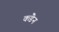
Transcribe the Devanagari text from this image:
कंडेन